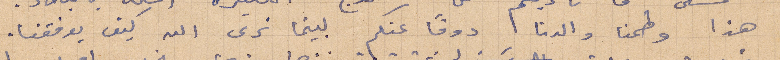
هذا وطمنا والدنا، دومًا عنكم لبينما نرى الله كيف يوفقنا.